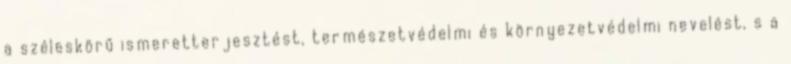
a széleskörű ismeretterjesztést, természetvédelmi és környezetvédelmi nevelést, s a